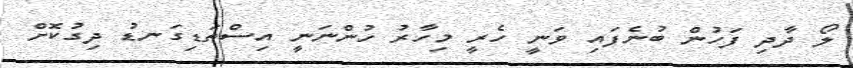
ލޯ ދާދި ފަހުން ބުނެފައި ވަނީ ހެރީ މިހާރު ހުންނަނީ އިސްތަޑިގަނޑު ދިގުކޮށް